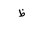
Letter: _za